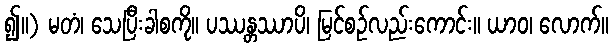
၍။) မတံ၊ သေပြီးခါစကို။ ပဿန္တဿာပိ၊ မြင်စဉ်လည်းကောင်း။ ယာဝ၊ လောက်။